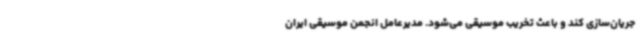
جریان‌سازی کند و باعث تخریب موسیقی می‌شود. مدیرعامل انجمن موسیقی ایران